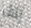
يلف